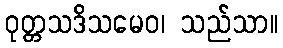
ဝုတ္တသဒိသမေဝ၊ သည်သာ။